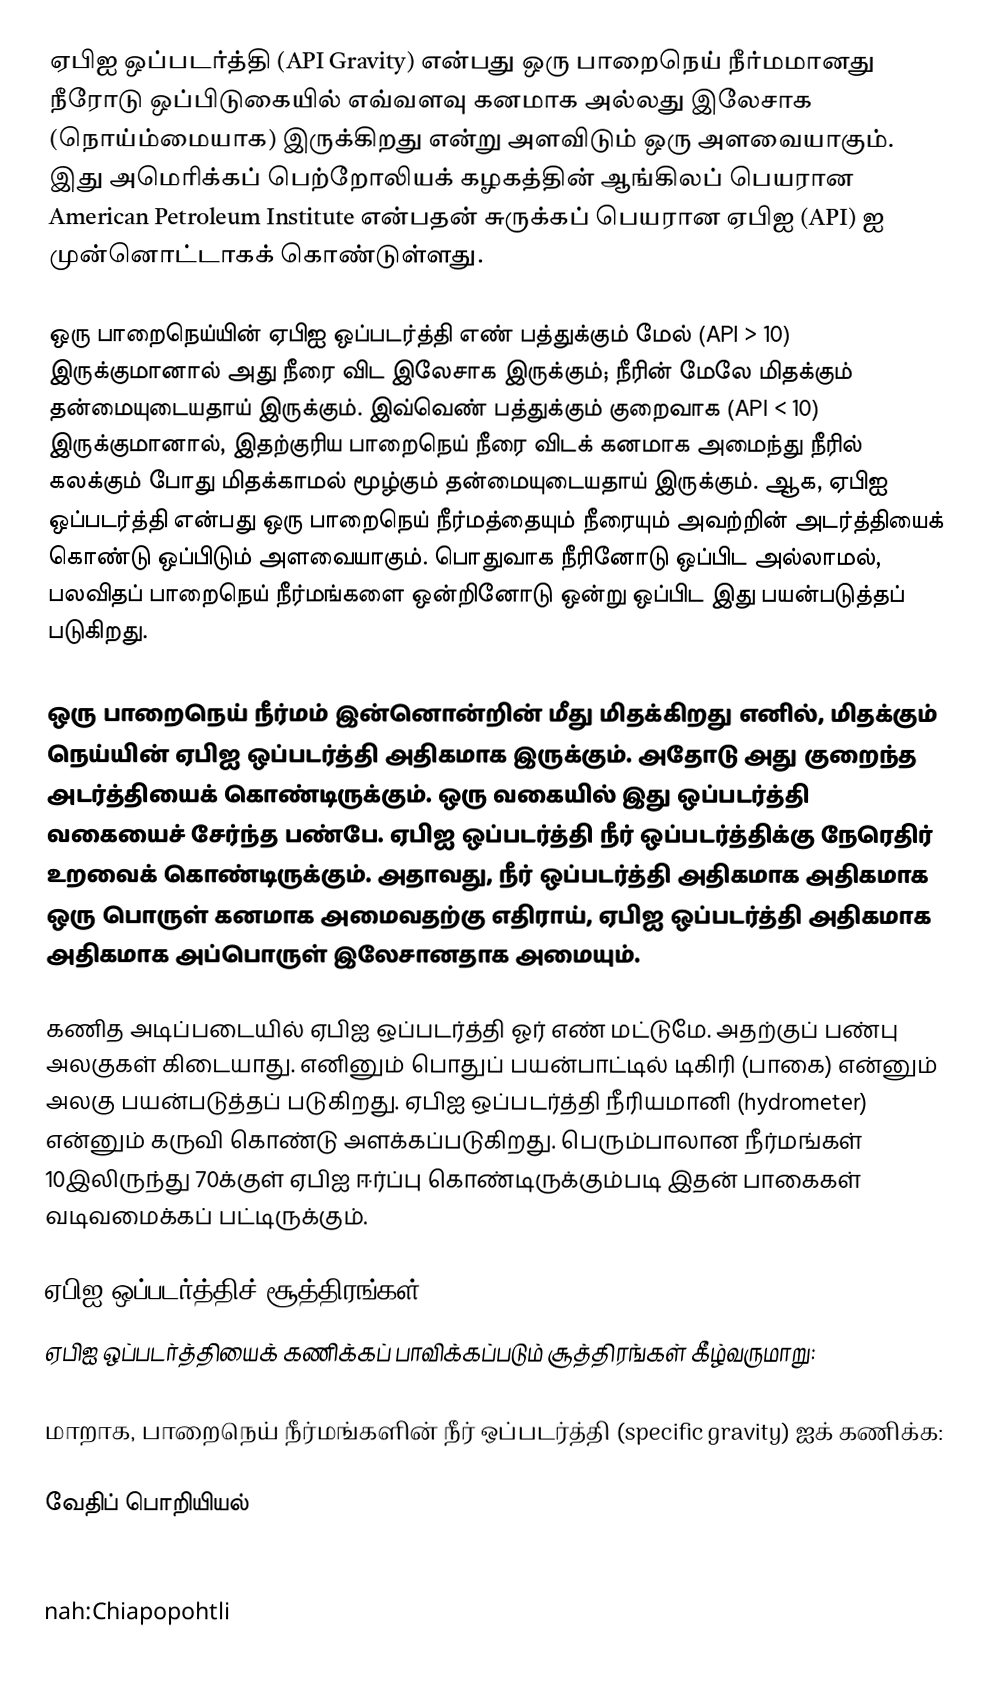
ஏபிஐ ஒப்படர்த்தி (API Gravity) என்பது ஒரு பாறைநெய் நீர்மமானது நீரோடு ஒப்பிடுகையில் எவ்வளவு கனமாக அல்லது இலேசாக (நொய்ம்மையாக) இருக்கிறது என்று அளவிடும் ஒரு அளவையாகும். இது அமெரிக்கப் பெற்றோலியக் கழகத்தின் ஆங்கிலப் பெயரான American Petroleum Institute என்பதன் சுருக்கப் பெயரான ஏபிஐ (API) ஐ முன்னொட்டாகக் கொண்டுள்ளது.

ஒரு பாறைநெய்யின் ஏபிஐ ஒப்படர்த்தி எண் பத்துக்கும் மேல் (API > 10) இருக்குமானால் அது நீரை விட இலேசாக இருக்கும்; நீரின் மேலே மிதக்கும் தன்மையுடையதாய் இருக்கும். இவ்வெண் பத்துக்கும் குறைவாக (API < 10) இருக்குமானால், இதற்குரிய பாறைநெய் நீரை விடக் கனமாக அமைந்து நீரில் கலக்கும் போது மிதக்காமல் மூழ்கும் தன்மையுடையதாய் இருக்கும். ஆக, ஏபிஐ ஒப்படர்த்தி என்பது ஒரு பாறைநெய் நீர்மத்தையும் நீரையும் அவற்றின் அடர்த்தியைக் கொண்டு ஒப்பிடும் அளவையாகும். பொதுவாக நீரினோடு ஒப்பிட அல்லாமல், பலவிதப் பாறைநெய் நீர்மங்களை ஒன்றினோடு ஒன்று ஒப்பிட இது பயன்படுத்தப் படுகிறது.

ஒரு பாறைநெய் நீர்மம் இன்னொன்றின் மீது மிதக்கிறது எனில், மிதக்கும் நெய்யின் ஏபிஐ ஒப்படர்த்தி அதிகமாக இருக்கும். அதோடு அது குறைந்த அடர்த்தியைக் கொண்டிருக்கும். ஒரு வகையில் இது ஒப்படர்த்தி வகையைச் சேர்ந்த பண்பே. ஏபிஐ ஒப்படர்த்தி நீர் ஒப்படர்த்திக்கு நேரெதிர் உறவைக் கொண்டிருக்கும். அதாவது, நீர் ஒப்படர்த்தி அதிகமாக அதிகமாக ஒரு பொருள் கனமாக அமைவதற்கு எதிராய், ஏபிஐ ஒப்படர்த்தி அதிகமாக அதிகமாக அப்பொருள் இலேசானதாக அமையும்.

கணித அடிப்படையில் ஏபிஐ ஒப்படர்த்தி ஓர் எண் மட்டுமே. அதற்குப் பண்பு அலகுகள் கிடையாது. எனினும் பொதுப் பயன்பாட்டில் டிகிரி (பாகை) என்னும் அலகு பயன்படுத்தப் படுகிறது. ஏபிஐ ஒப்படர்த்தி நீரியமானி (hydrometer) என்னும் கருவி கொண்டு அளக்கப்படுகிறது. பெரும்பாலான நீர்மங்கள் 10இலிருந்து 70க்குள் ஏபிஐ ஈர்ப்பு கொண்டிருக்கும்படி இதன் பாகைகள் வடிவமைக்கப் பட்டிருக்கும்.

ஏபிஐ ஒப்படர்த்திச் சூத்திரங்கள்
ஏபிஐ ஒப்படர்த்தியைக் கணிக்கப் பாவிக்கப்படும் சூத்திரங்கள் கீழ்வருமாறு:

மாறாக,  பாறைநெய் நீர்மங்களின் நீர் ஒப்படர்த்தி (specific gravity) ஐக் கணிக்க:

வேதிப் பொறியியல்

fa:نفت
nah:Chiapopohtli